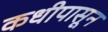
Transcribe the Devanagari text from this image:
कधीपासून